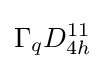
\Gamma _{q}D_{4h}^{11}